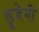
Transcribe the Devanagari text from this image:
डूबेगी